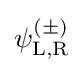
\psi _{\rm {L,R}}^{(\pm )}